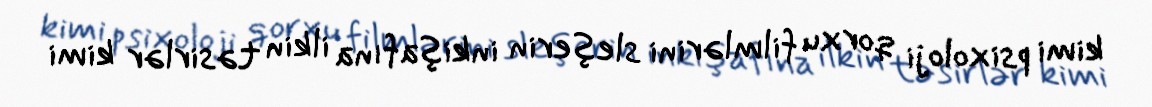
kimi psixoloji qorxu filmlərini sleşerin inkişafına ilkin təsirlər kimi